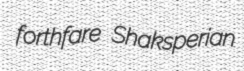
forthfare Shaksperian